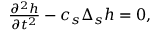
\begin{array} { r } { \frac { \partial ^ { 2 } h } { \partial t ^ { 2 } } - c _ { s } \Delta _ { s } h = 0 , } \end{array}